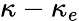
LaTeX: \kappa-\kappa_{e}